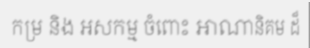
កម្រ និង អសកម្ម ចំពោះ អាណានិគម ដ៏